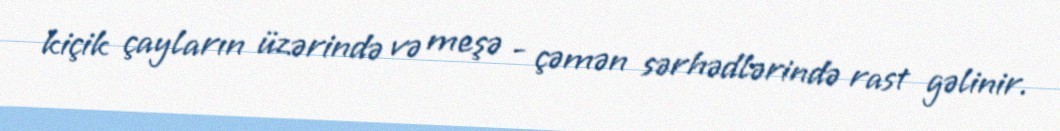
kiçik çayların üzərində və meşə - çəmən sərhədlərində rast gəlinir.